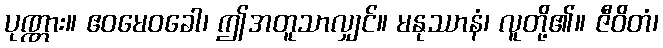
ပုဏ္ဏား။ ဧဝမေဝခေါ၊ ဤအတူသာလျှင်။ မနုဿာနံ၊ လူတို့၏။ ဇီဝိတံ၊